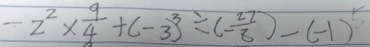
- 2 ^ { 2 } \times \frac { 9 } { 4 } + ( - 3 ) ^ { 3 } \div ( - \frac { 2 7 } { 8 } ) - ( - 1 ) ^ { 5 }